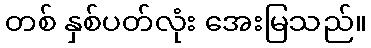
တစ် နှစ်ပတ်လုံး အေးမြသည်။